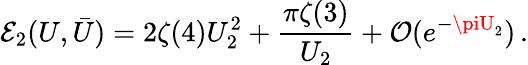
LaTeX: \mathcal{E}_{2}(U,\bar{{U}})=2\zeta(4)U_{2}^{2}+\frac{{\pi\zeta(3)}}{{U_{2}}}+\mathcal{{O}}(e^{-\piU_{2}})\, .